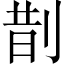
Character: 剒